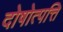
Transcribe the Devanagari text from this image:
दोषोत्पत्ति